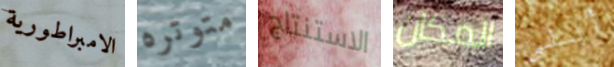
الامبراطورية متوتره الاستنتاج المكان أبلي